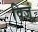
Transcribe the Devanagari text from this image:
विजूं